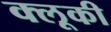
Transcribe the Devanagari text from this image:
क्लूकी